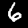
Digit: 6